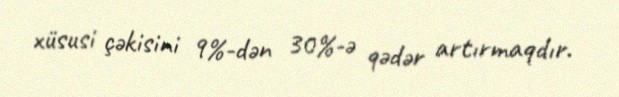
xüsusi çəkisini 9%-dən 30%-ə qədər artırmaqdır.